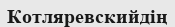
Котляревскийдің